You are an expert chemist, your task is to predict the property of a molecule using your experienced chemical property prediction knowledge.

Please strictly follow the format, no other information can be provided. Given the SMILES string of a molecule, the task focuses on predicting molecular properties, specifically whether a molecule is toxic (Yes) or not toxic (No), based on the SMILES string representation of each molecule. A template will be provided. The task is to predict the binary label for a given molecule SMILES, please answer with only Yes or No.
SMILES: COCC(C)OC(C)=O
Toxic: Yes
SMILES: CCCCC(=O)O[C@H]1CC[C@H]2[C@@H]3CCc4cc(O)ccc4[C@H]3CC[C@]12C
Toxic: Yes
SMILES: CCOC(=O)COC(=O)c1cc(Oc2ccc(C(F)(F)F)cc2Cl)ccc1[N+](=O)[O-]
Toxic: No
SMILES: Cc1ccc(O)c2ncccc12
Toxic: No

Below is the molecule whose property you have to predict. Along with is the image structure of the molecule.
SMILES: c1cc2c(c(N3CCNCC3)c1)OCCO2
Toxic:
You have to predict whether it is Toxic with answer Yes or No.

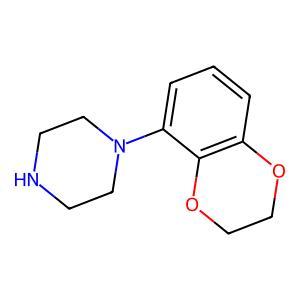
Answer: No